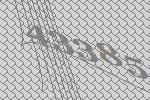
43385